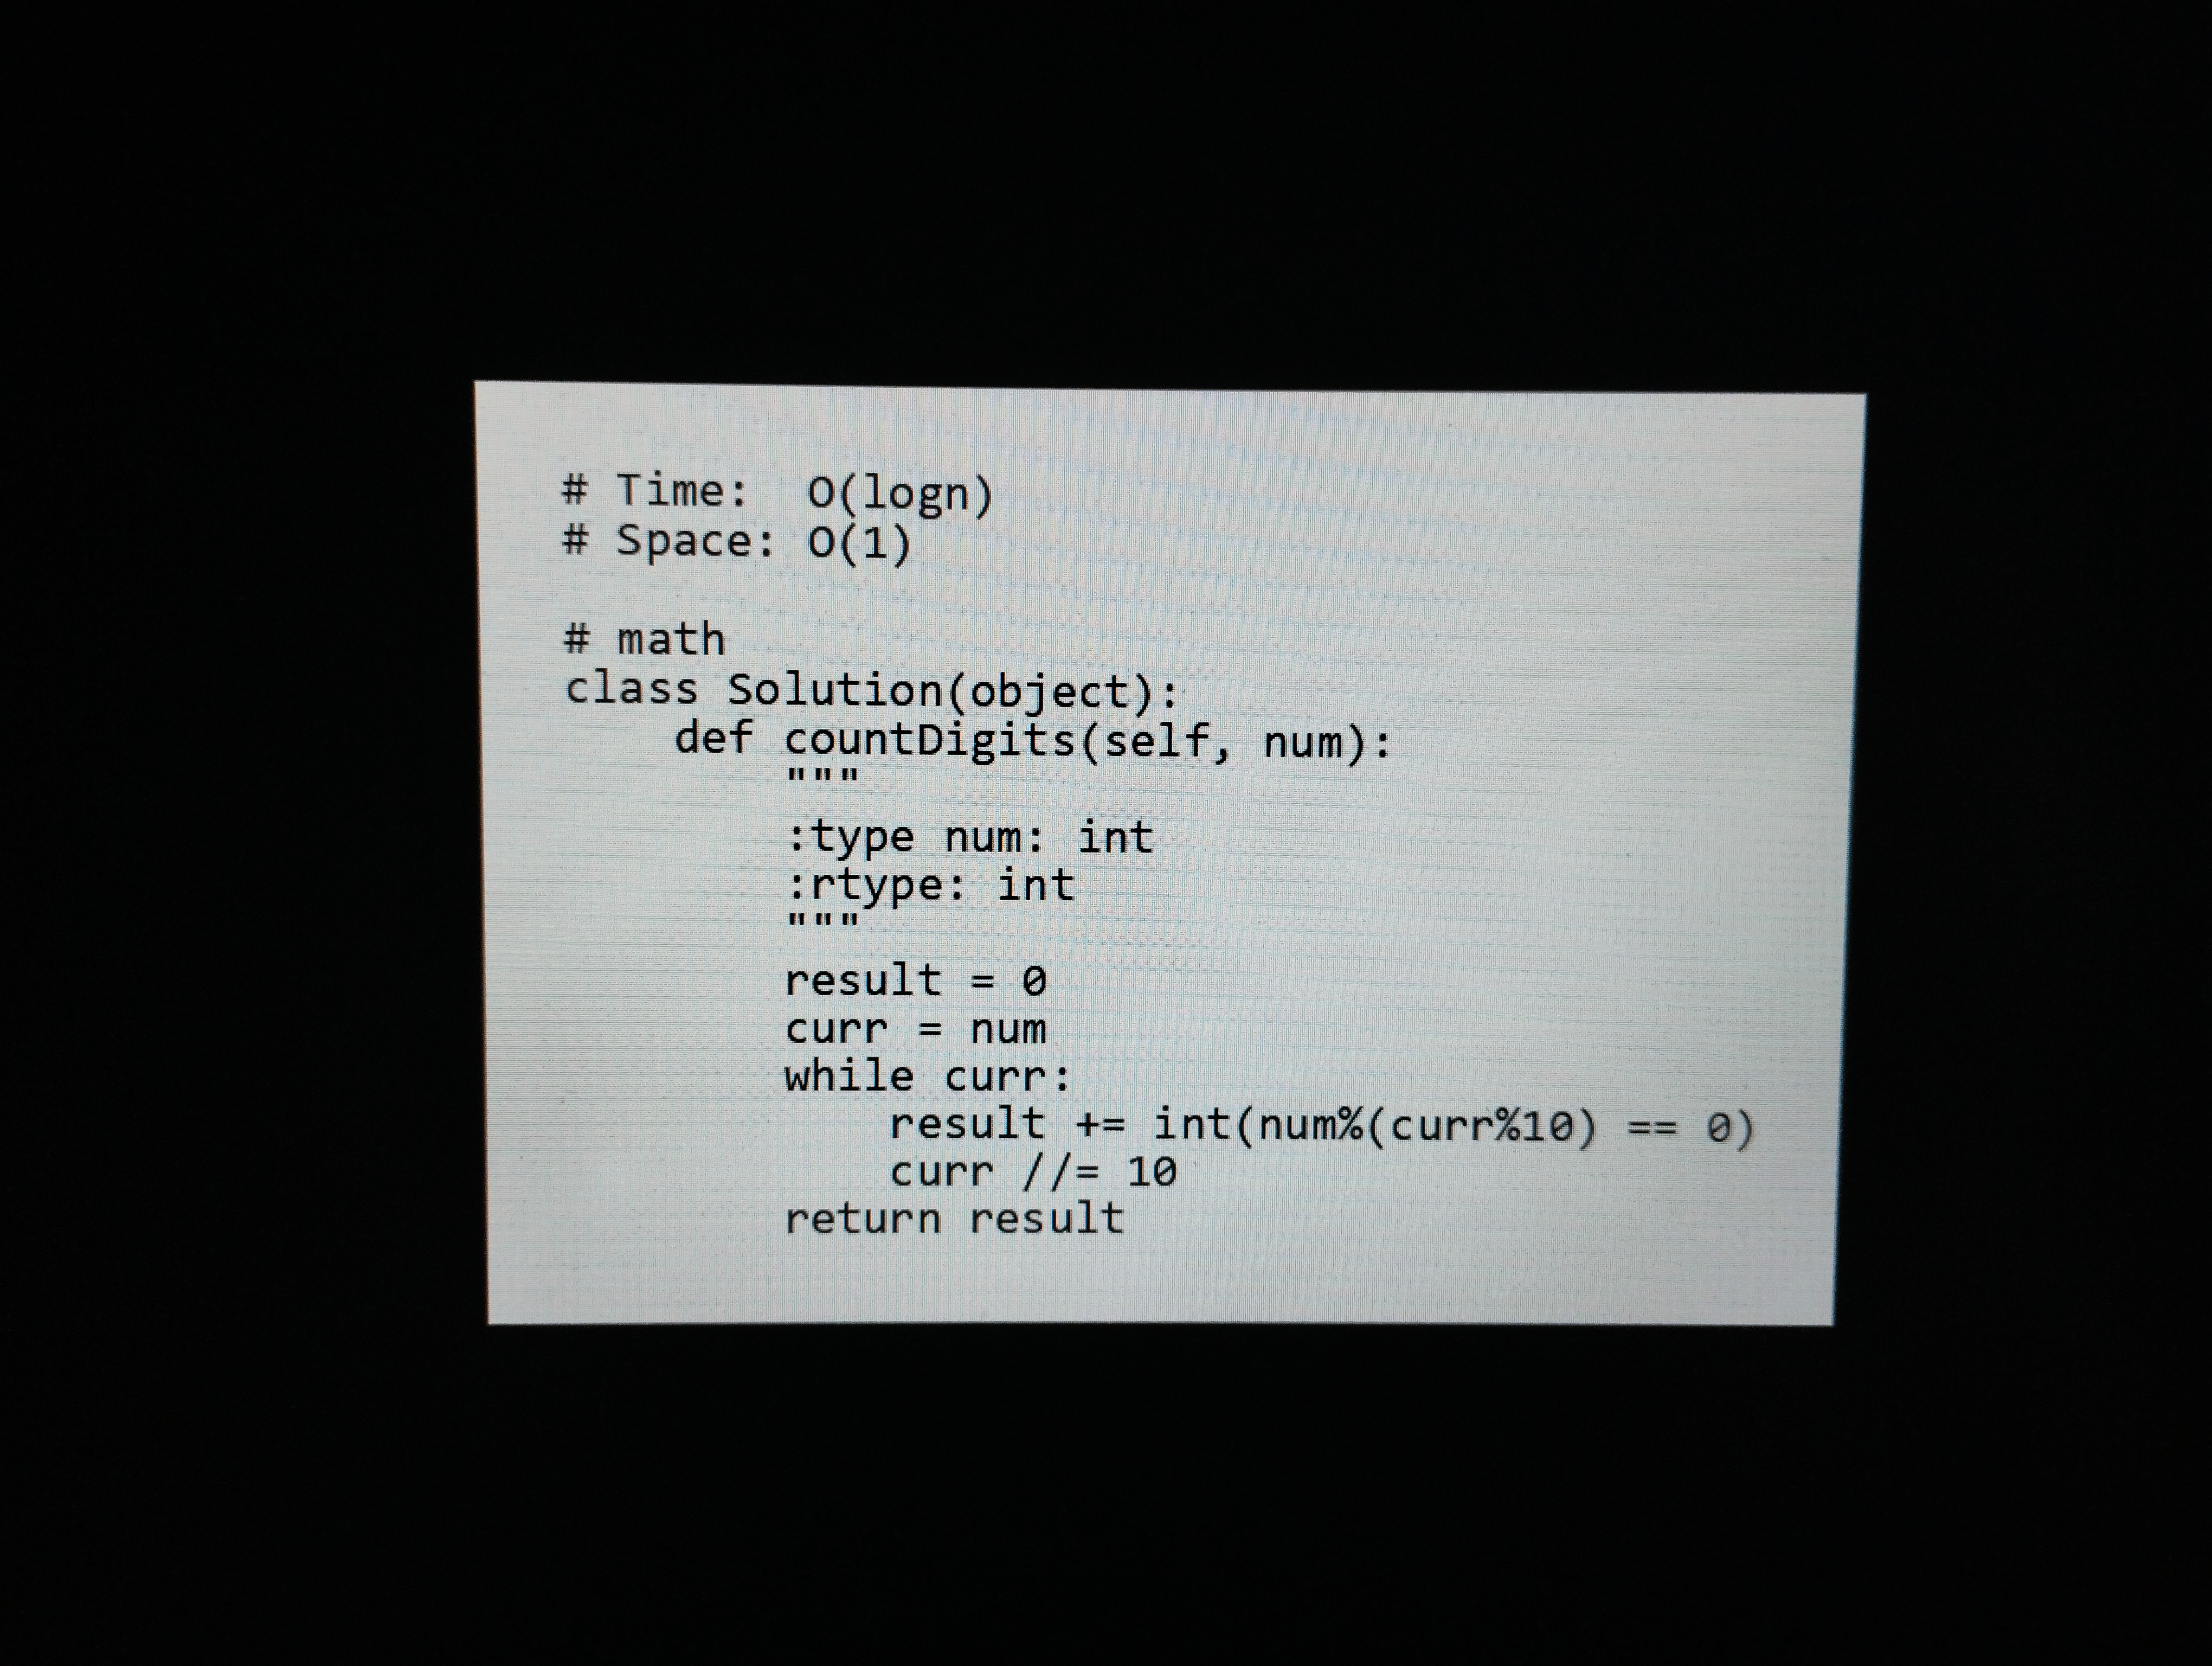
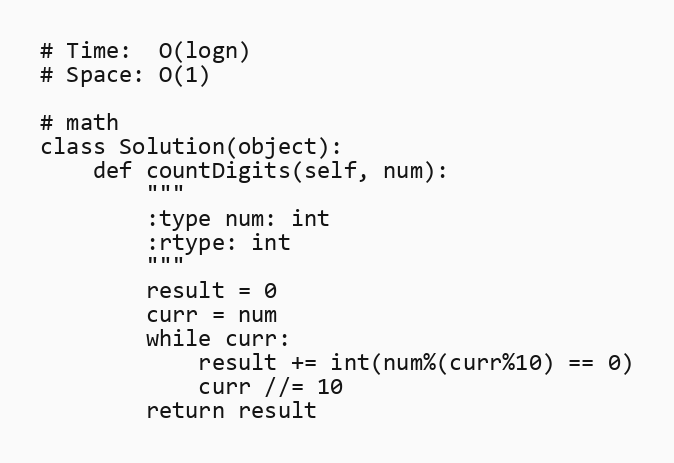
# Time:  O(logn)
# Space: O(1)

# math
class Solution(object):
    def countDigits(self, num):
        """
        :type num: int
        :rtype: int
        """
        result = 0
        curr = num
        while curr:
            result += int(num%(curr%10) == 0)
            curr //= 10
        return result